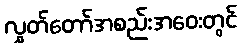
လွှတ်တော်အစည်းအဝေးတွင်